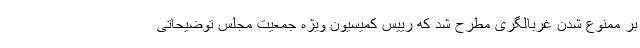
بر ممنوع شدن غربالگری مطرح شد که رییس کمیسیون ویژه جمعیت مجلس توضیحاتی